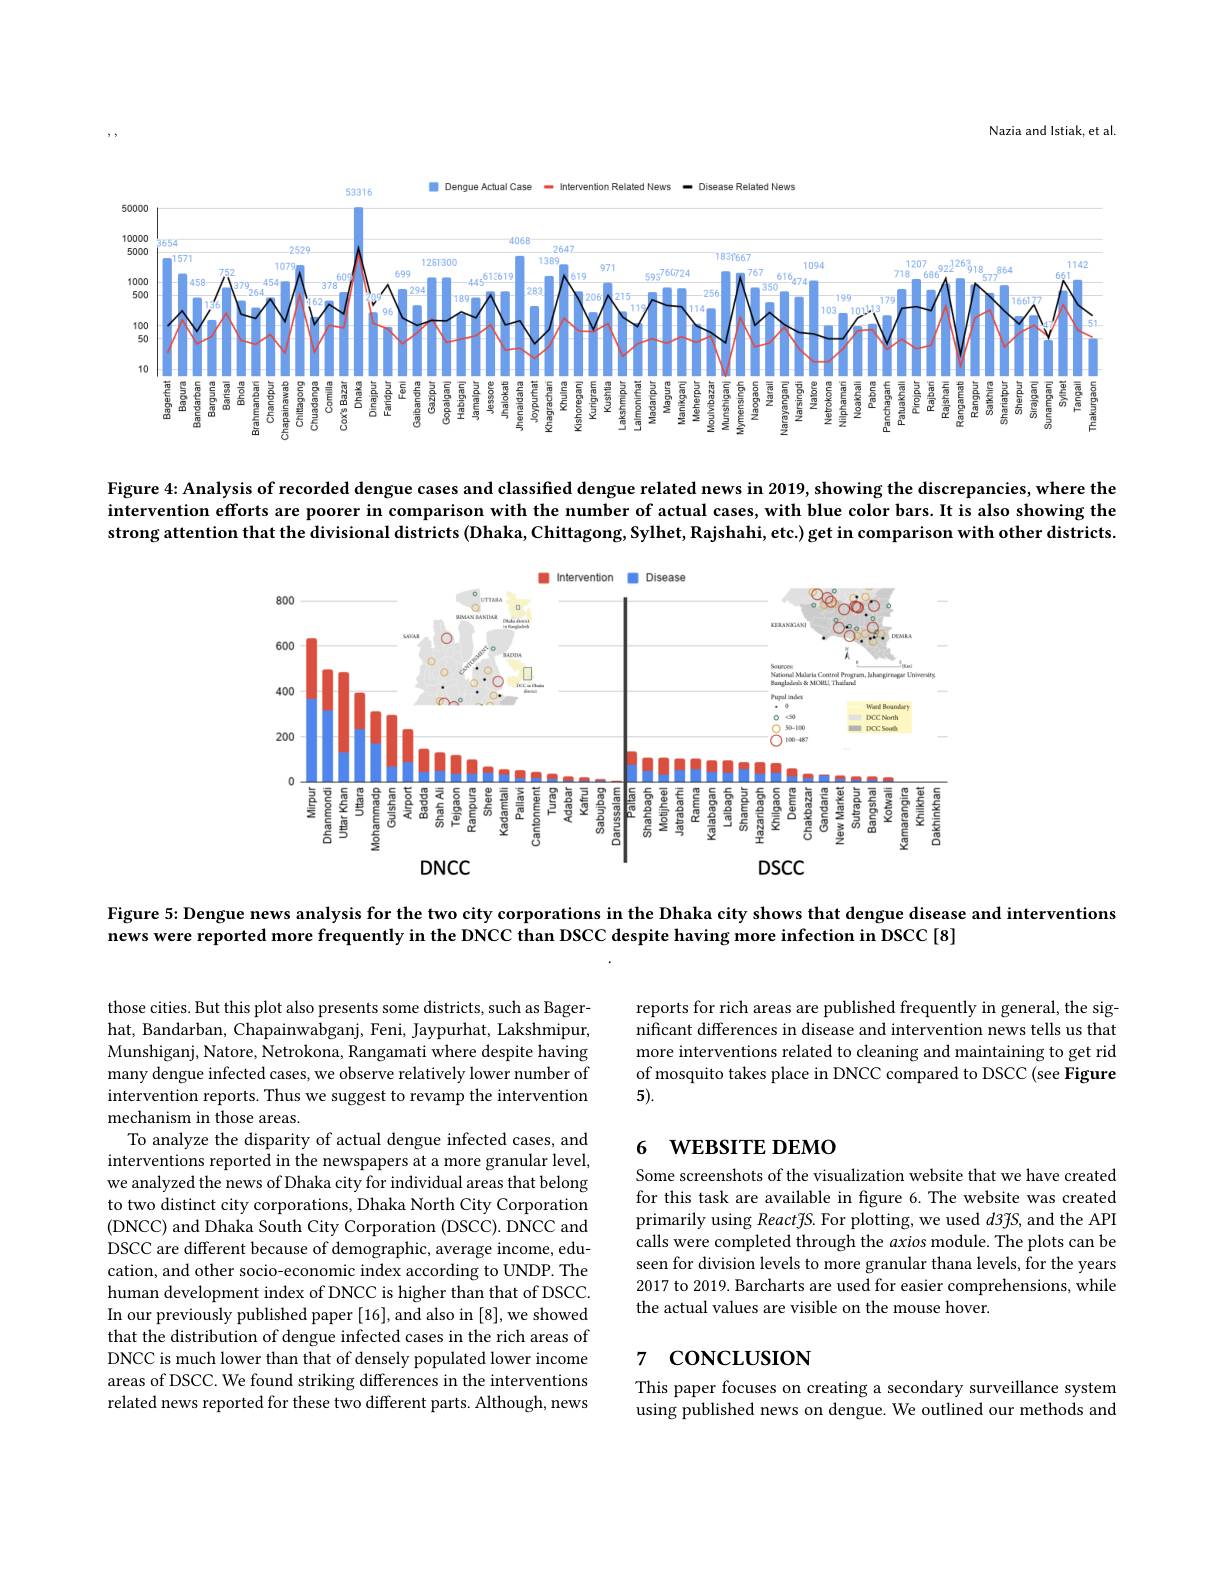
Nazia and Istiak, et al

Intervention Related News

Dengue Actual Case

Disease Related News

53376

<FigureHere>

Figure 4: Analysis of recorded dengue cases and classified dengue related news in 2019, showing the discrepancies, where the intervention efforts are poorer in comparison with the number of actual cases, with blue color bars.It is also showing the strong attention that the divisional districts (Dhaka, Chittagong, Sylhet, Rajshahi, etc.) get in comparison with other districts.

<FigureHere>

Figure 5: Dengue news analysis for the two city corporations in the Dhaka city shows that dengue disease and interventions

news were reported more frequently in the DNCC than DSCC despite having more infection in DSCC [8]

those cities. But this plot also presents some districts, such as Bagerhat, Bandarban, Chapainwabganj, Feni, Jaypurhat, Lakshmipur, Munshiganj, Natore, Netrokona, Rangamati where despite having many dengue infected cases, we observe relatively lower number of intervention reports. Thus we suggest to revamp the intervention mechanism in those areas.
To analyze the disparity of actual dengue infected cases, and interventions reported in the newspapers at a more granular level, we analyzed the news of Dhaka city for individual areas that belong to two distinct city corporations, Dhaka North City Corporation (DNCC) and Dhaka South City Corporation (DSCC). DNCC and DSCC are different because of demographic, average income, education, and other socio-economic index according to UNDP. The human development index of DNCC is higher than that of DSCC. In our previously published paper [16], and also in [8], we showed that the distribution of dengue infected cases in the rich areas of DNCC is much lower than that of densely populated lower income areas of DSCC. We found striking differences in the interventions related news reported for these two different parts. Although, news

reports for rich areas are published frequently in general, the significant differences in disease and intervention news tells us that more interventions related to cleaning and maintaining to get rid of mosquito takes place in DNCC compared to DSCC (see Figure 5).

## 6 WEBSITE DEMO

Some screenshots of the visualization website that we have created for this task are available in figure 6. The website was created primarily using ReactfS. For plotting, we used $d3\tilde{f}S$, and the API calls were completed through the axios module. The plots can be seen for division levels to more granular thana levels, for the years 2017 to 2019. Barcharts are used for easier comprehensions, while the actual values are visible on the mouse hover.

# 7 concLusıon

This paper focuses on creating a secondary surveillance system using published news on dengue. We outlined our methods and